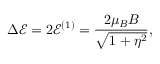
\Delta \mathcal { E } = 2 \mathcal { E } ^ { ( 1 ) } = \frac { 2 \mu _ { B } B } { \sqrt { 1 + \eta ^ { 2 } } } ,